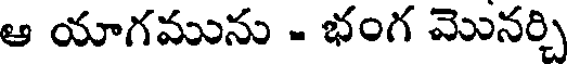
ఆ యాగమును - భంగ మొనర్చి